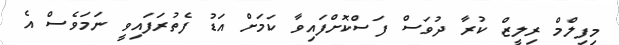
މިފިލްމް ރިލީޒް ކުރާ ދުވަސް ފަސްކޮށްފައިވާ ކަމަށް އަޑު ފެތުރަފައިވީ ނަމަވެސް އެ